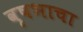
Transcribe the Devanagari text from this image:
वृषभाचा